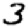
Digit: 3